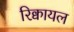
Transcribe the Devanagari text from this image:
रिक्वायल